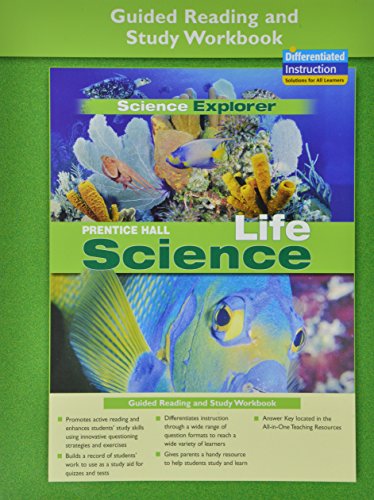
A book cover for PRENTICE HALL SCIENCE EXPLORER LIFE SCIENCE GUIDED READING AND STUDY    WORKBOOK 2005; PRENTICE HALL; Children's Books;